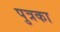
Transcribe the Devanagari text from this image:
पुत्रका